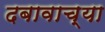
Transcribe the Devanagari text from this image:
दबावाच्या